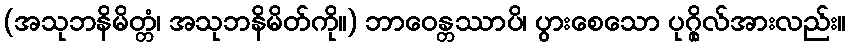
(အသုဘနိမိတ္တံ၊ အသုဘနိမိတ်ကို။) ဘာဝေန္တဿာပိ၊ ပွားစေသော ပုဂ္ဂိုလ်အားလည်း။